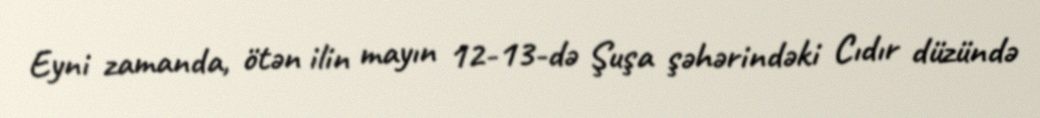
Eyni zamanda, ötən ilin mayın 12-13-də Şuşa şəhərindəki Cıdır düzündə